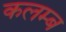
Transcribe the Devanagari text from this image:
कलम्ब